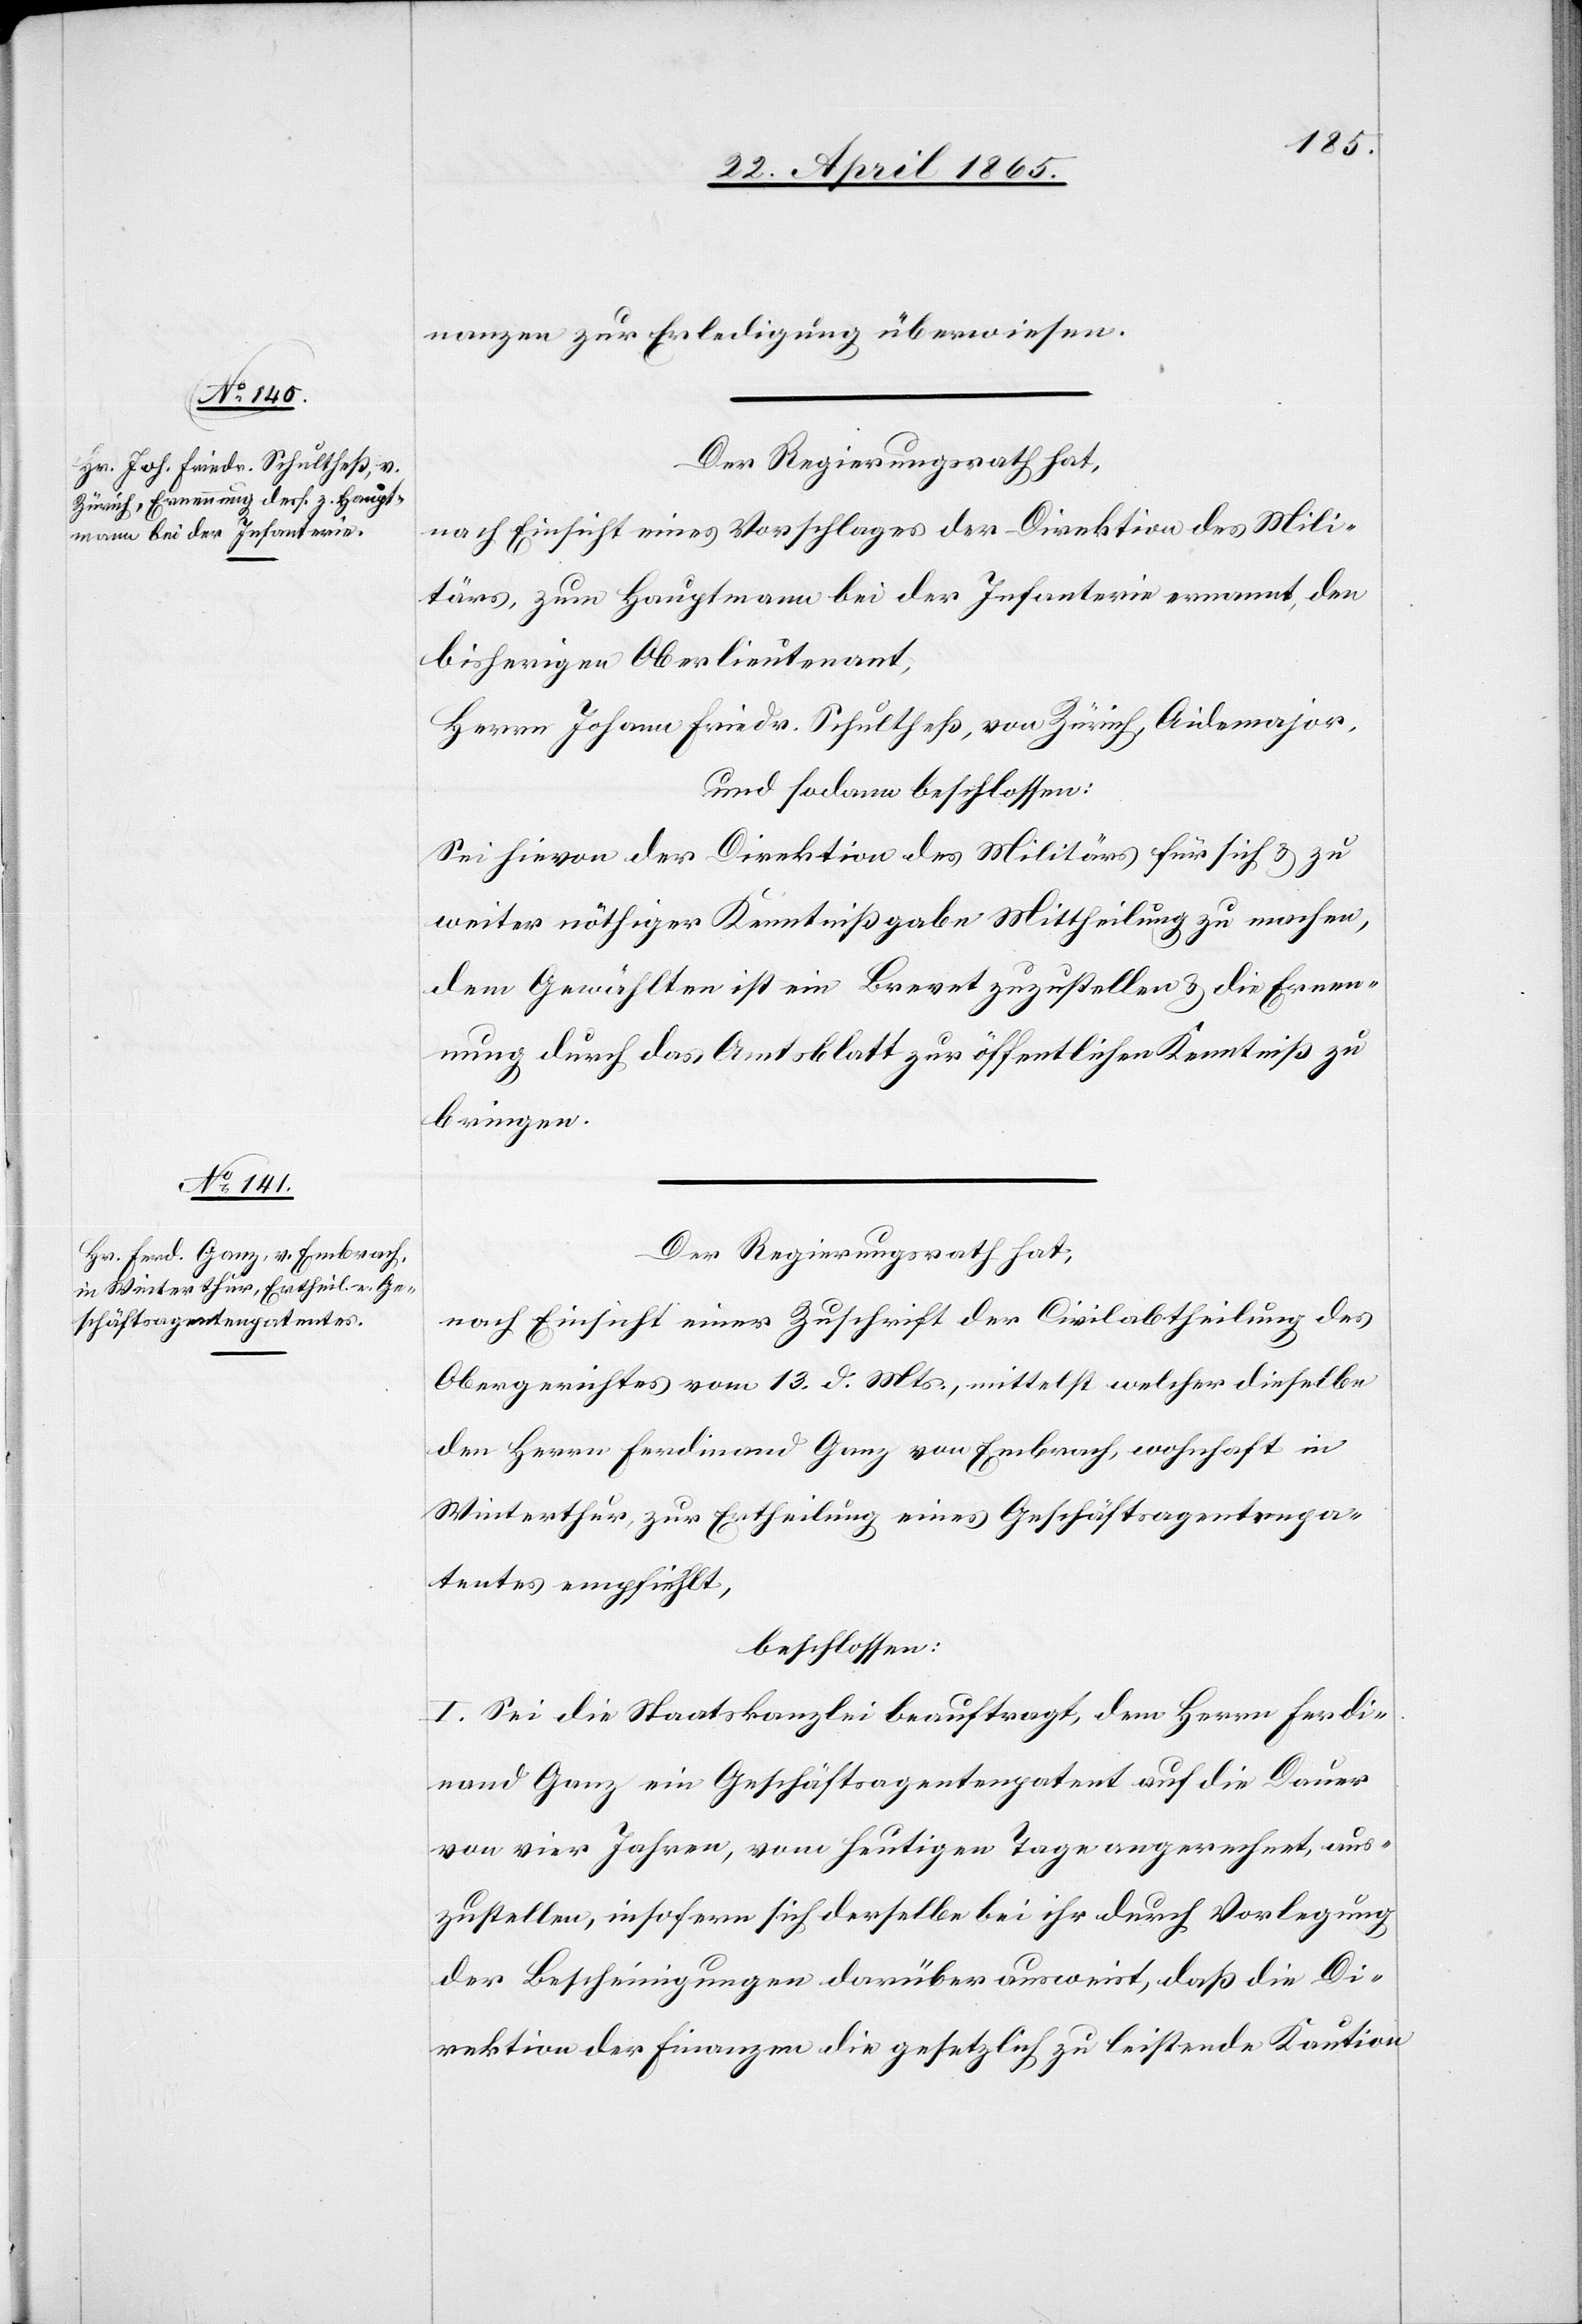
nanzen zur Erledigung überwiesen.
Der Regierungsrath hat,
nach Einsicht eines Vorschlages der Direktion des Mili¬
tärs, zum Hauptmann bei der Infanterie ernannt, den
bisherigen Oberlieutenant,
Herrn Johann Friedr. Schultheß, von Zürich, Aidemajor,
und sodann beschlossen:
Sei hievon der Direktion des Militärs für sich & zu
weiter nöthiger Kenntnißgabe Mittheilung zu machen,
dem Gewählten ist ein Brevet zuzustellen & die Ernen¬
nung durch das Amtsblatt zur öffentlichen Kenntniß zu
bringen.
Der Regierungsrath hat,
nach Einsicht einer Zuschrift der Civilabtheilung des
Obergerichtes vom 13. d. Mts., mittelst welcher dieselbe
den Herrn Ferdinand Ganz von Embrach, wohnhaft in
Winterthur, zur Ertheilung eines Geschäftsagentenpa¬
tentes empfiehlt,
beschlossen:
I. Sei die Staatskanzlei beauftragt, dem Herrn Ferdi¬
nand Ganz ein Geschäftsagentenpatent auf die Dauer
von vier Jahren, vom heutigen Tage angerechnet, aus¬
zustellen, insofern sich derselbe bei ihr durch Vorlegung
der Bescheinigungen darüber ausweist, daß die Di¬
rektion der Finanzen die gesetzlich zu leistende Kaution